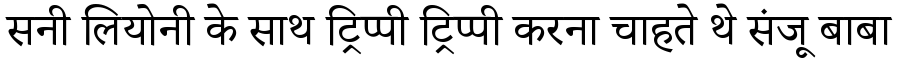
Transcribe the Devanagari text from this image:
सनी लियोनी के साथ ट्रिप्पी ट्रिप्पी करना चाहते थे संजू बाबा